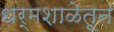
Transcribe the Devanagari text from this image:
धर्मशाळेतून